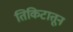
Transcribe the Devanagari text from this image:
तिकिटातून